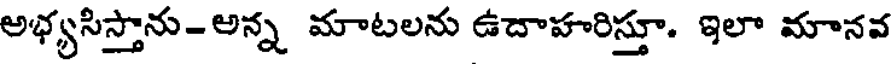
అభ్యసిస్తాను-అన్న మాటలను ఉదాహరిస్తూ. ఇలా మానవ